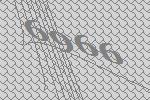
6966